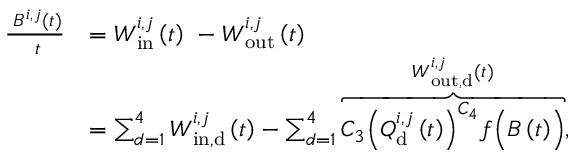
\begin{array} { r l } { \frac { \mathrm { \partial } B ^ { i , j } ( t ) } { \mathrm { \partial } t } } & { = W _ { \mathrm { i n } } ^ { i , j } \left( t \right) \ - W _ { \mathrm { o u t } } ^ { i , j } \left( t \right) } \\ & { = \sum _ { d = 1 } ^ { 4 } { W _ { \mathrm { i n , } \mathrm { d } } ^ { i , j } \left( t \right) } - \sum _ { d = 1 } ^ { 4 } { \overbrace { C _ { 3 } { \left( Q _ { \mathrm { d } } ^ { i , j } \left( t \right) \right) } ^ { C _ { 4 } } f \Bigl ( B \left( t \right) \Bigr ) } ^ { W _ { \mathrm { o u t , d } } ^ { i , j } \left( t \right) } , } } \end{array}